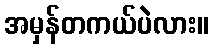
အမှန်တကယ်ပဲလား။